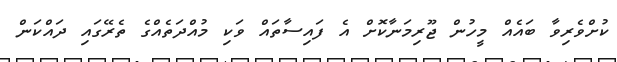
ކުށްވެރިވާ ބައެއް މީހުން ޖޫރިމަނާކޮށް އެ ފައިސާތައް ވަކި މުއްދަތެއްގެ ތެރޭގައި ދައްކަން